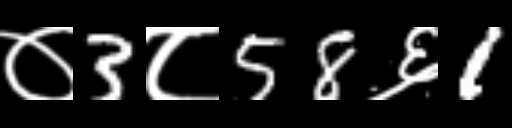
Text: ०3८58६1